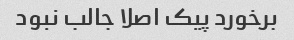
برخورد پیک اصلا جالب نبود